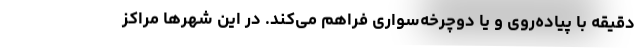
دقیقه با پیاده‌روی و یا دوچرخه‌سواری فراهم می‌کند. در این شهرها مراکز